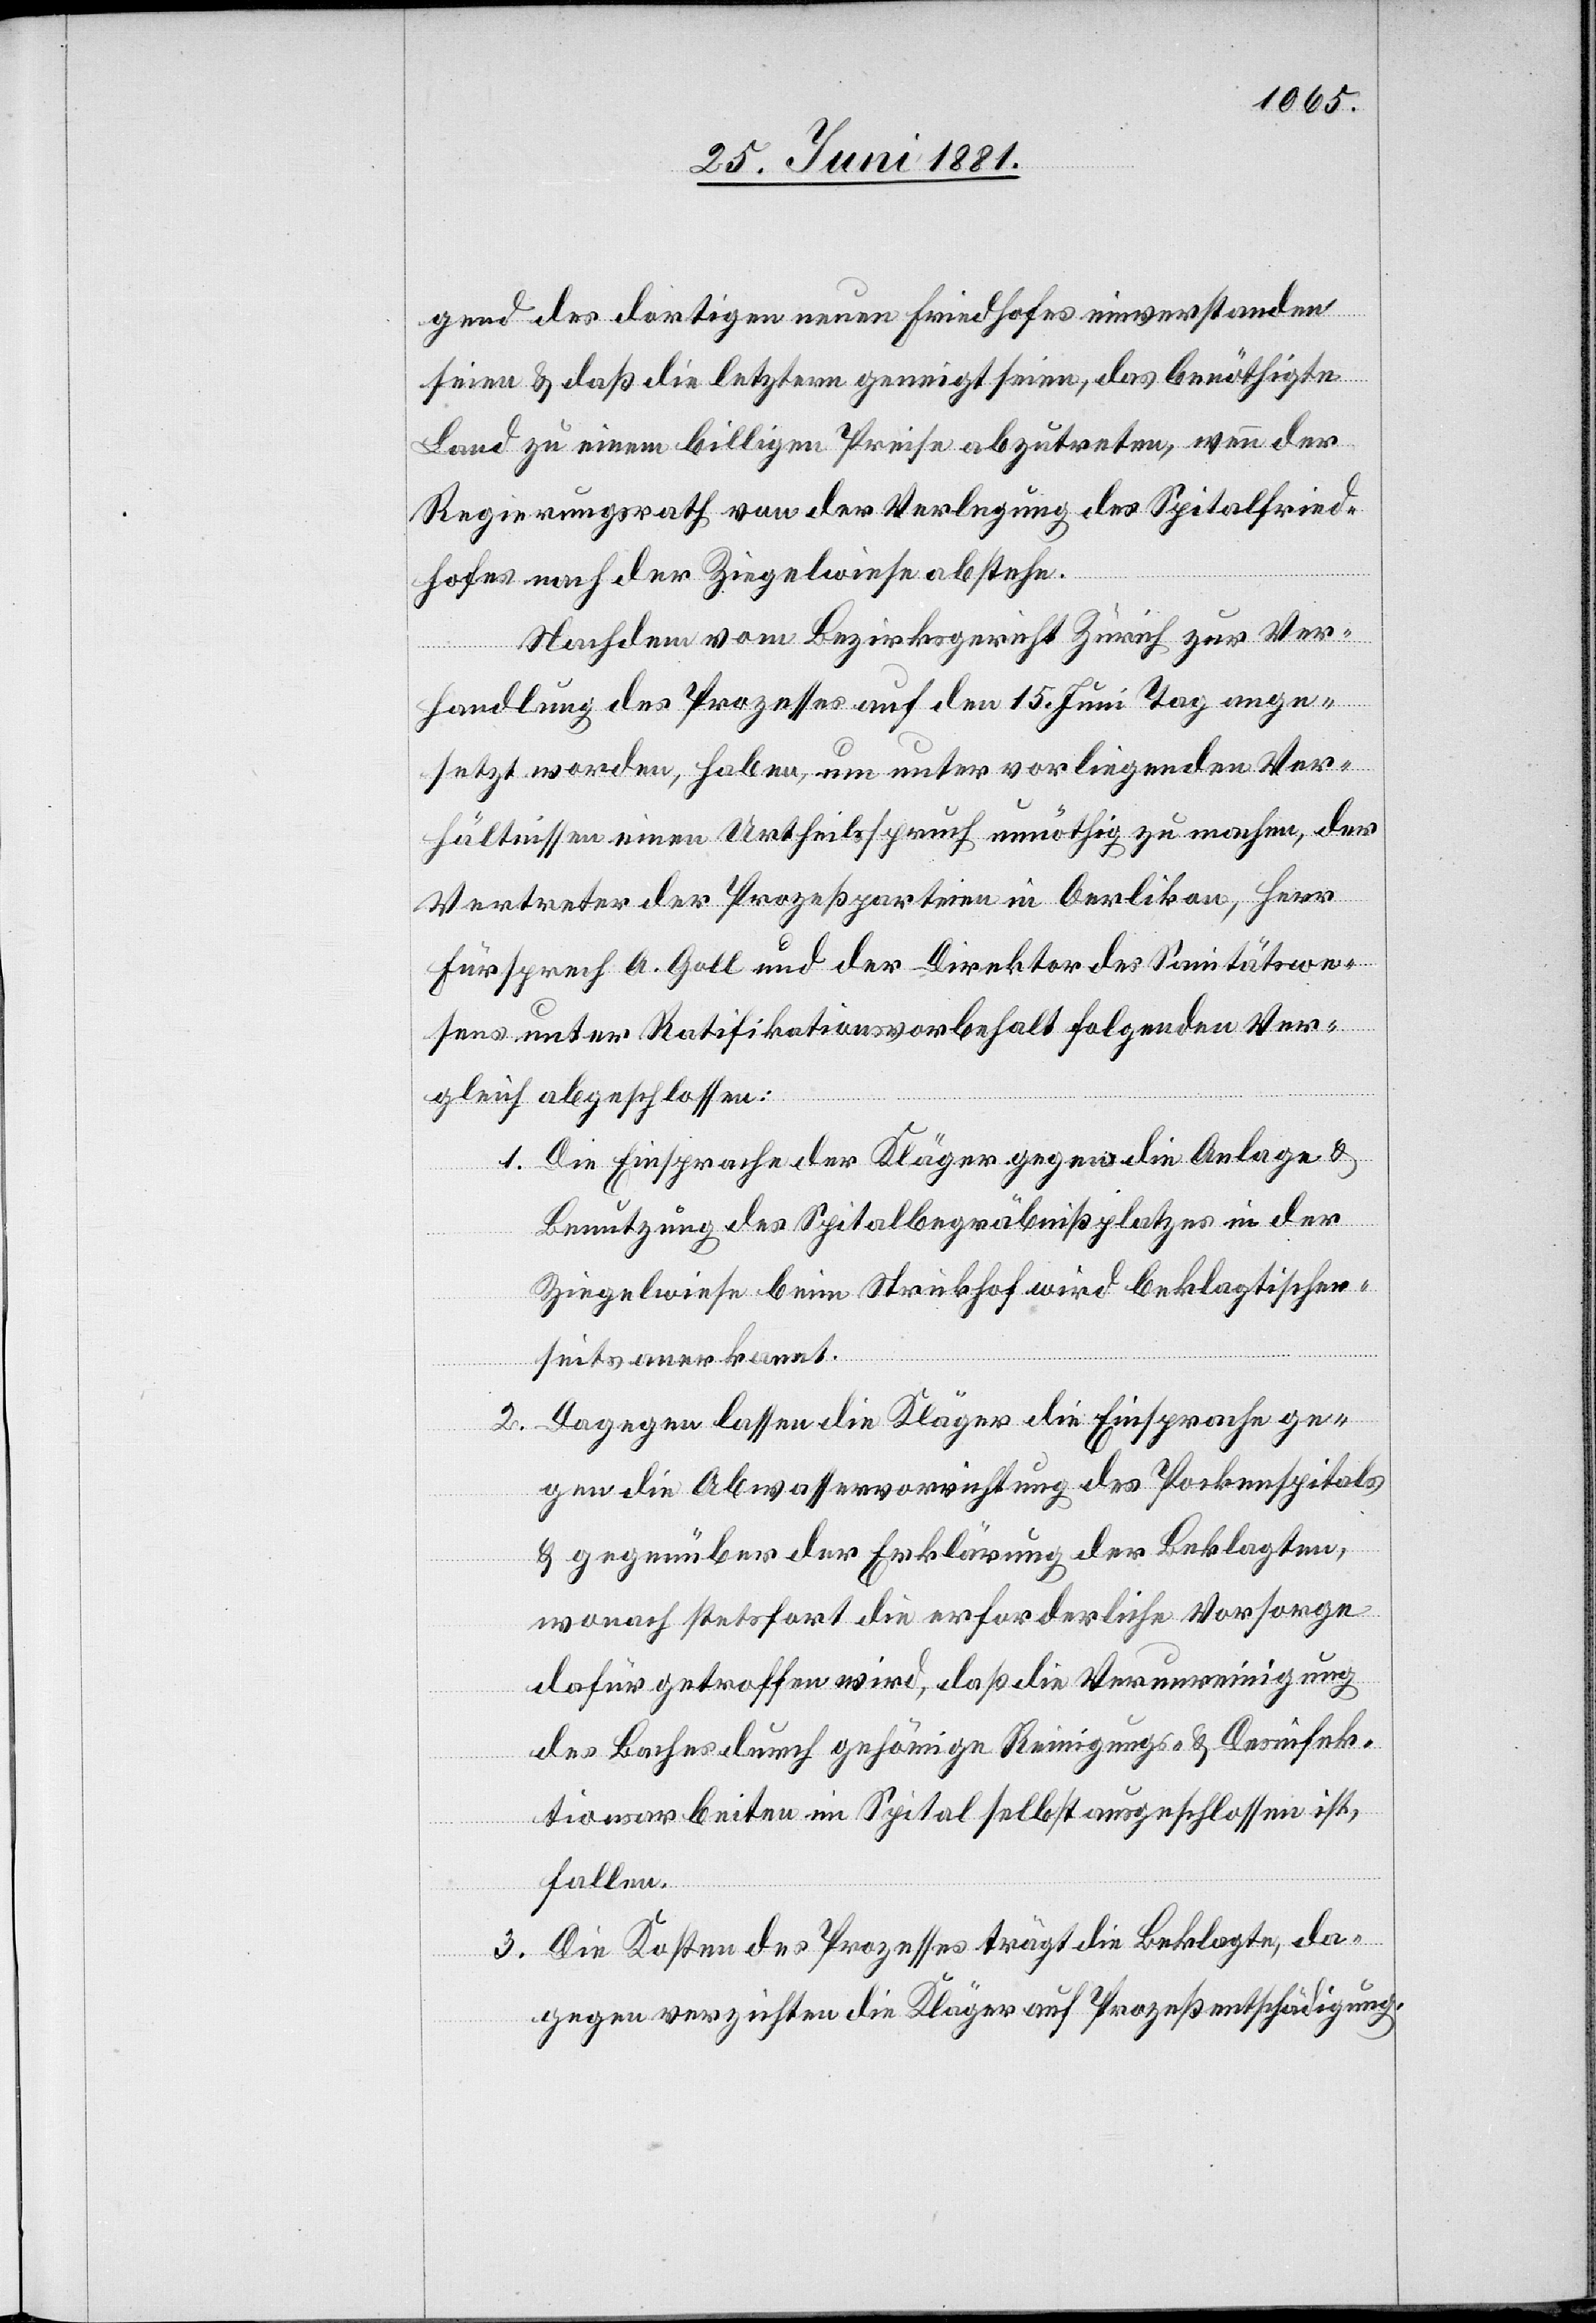
gend des dortigen neuen Friedhofes einverstanden
seien & daß die letztern geneigt seien, das benöthigte
Land zu einem billigen Preise abzutreten, wenn der
Regierungsrath von der Verlegung des Spitalfried¬
hofes nach der Ziegelwiese abstehe.
Nachdem vom Bezirksgericht Zürich zur Ver¬
handlung des Prozesses auf den 15. Juni Tag ange¬
setzt worden, haben, um unter vorliegenden Ver¬
hältnissen einen Urtheilsspruch unnöthig zu machen, der
Vertreter der Prozeßparteien in Oerlikon, Herr
Fürsprech A. Goll und der Direktor des Sanitätswe¬
sens unter Ratifikationsvorbehalt folgenden Ver¬
gleich abgeschlossen:
1. Die Einsprachen der Kläger gegen die Anlage &
Benutzung des Spitalbegräbnißplatzes in der
Ziegelwiese beim Strickhof wird beklagtischer¬
seits anerkannt.
Dagegen lassen die Kläger die Einsprache ge¬
2.
gen die Abwasservorrichtung des Pockenspitals
& gegenüber der Erklärung der Beklagten,
wonach stetsfort die erforderliche Vorsorge
dafür getroffen wird, daß die Verunreinigung
des Baches durch gehörige Reinigungs- & Desinfek¬
tionsarbeiten im Spital selbst ausgeschlossen ist,
fallen.
3. Die Kosten des Prozesses trägt die Beklagte, da¬
gegen verzichten die Kläger auf Prozeßentschädigung.